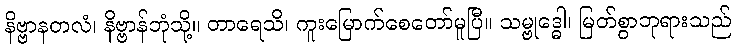
နိဗ္ဗာနတလံ၊ နိဗ္ဗာန်ဘုံသို့။ တာရေသိ၊ ကူးမြောက်စေတော်မူပြီ။ သမ္ဗုဒ္ဓေါ၊ မြတ်စွာဘုရားသည်